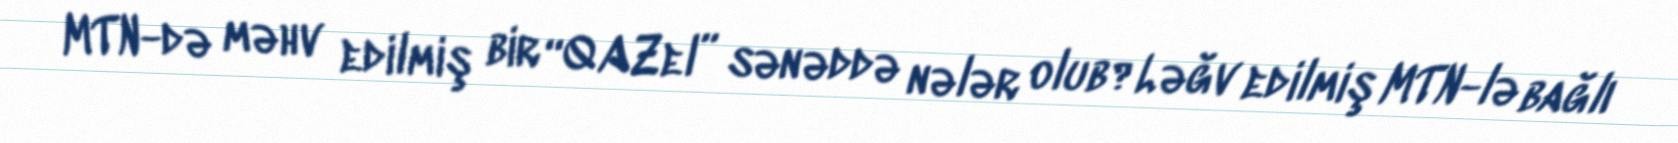
MTN-də məhv edilmiş bir “QAZel” sənəddə nələr olub?Ləğv edilmiş MTN-lə bağlı